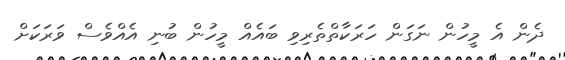
ދެން އެ މީހުން ނަގަން ހަރަކާތްތެރިވި ބައެއް މީހުން ބުނި އެއްވެސް ވަރަކަށް